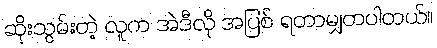
ဆိုးသွမ်းတဲ့ လူက အဲဒီလို အပြစ် ရတာမျှတပါတယ်။